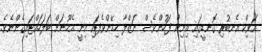
އަވިކް އެނބުރި ގޮނޑީގައި އިށިން ފަހުންވެސް ނަޒްލާ ހިމޭންވެފައި އިނީ އެމޫނަށް ބަލަހައްޓައިގެންނެވެ.